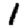
Digit: 1